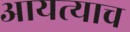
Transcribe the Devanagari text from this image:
आयत्याच